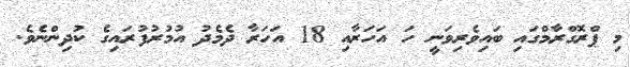
މި ޕްރޮގްރާމްގައި ބައިވެރިވަނީ ހަ އަހަރާއި 18 އަހަރާ ދެމެދު އުމުރުފުރައިގެ ކުދިންނެވެ.